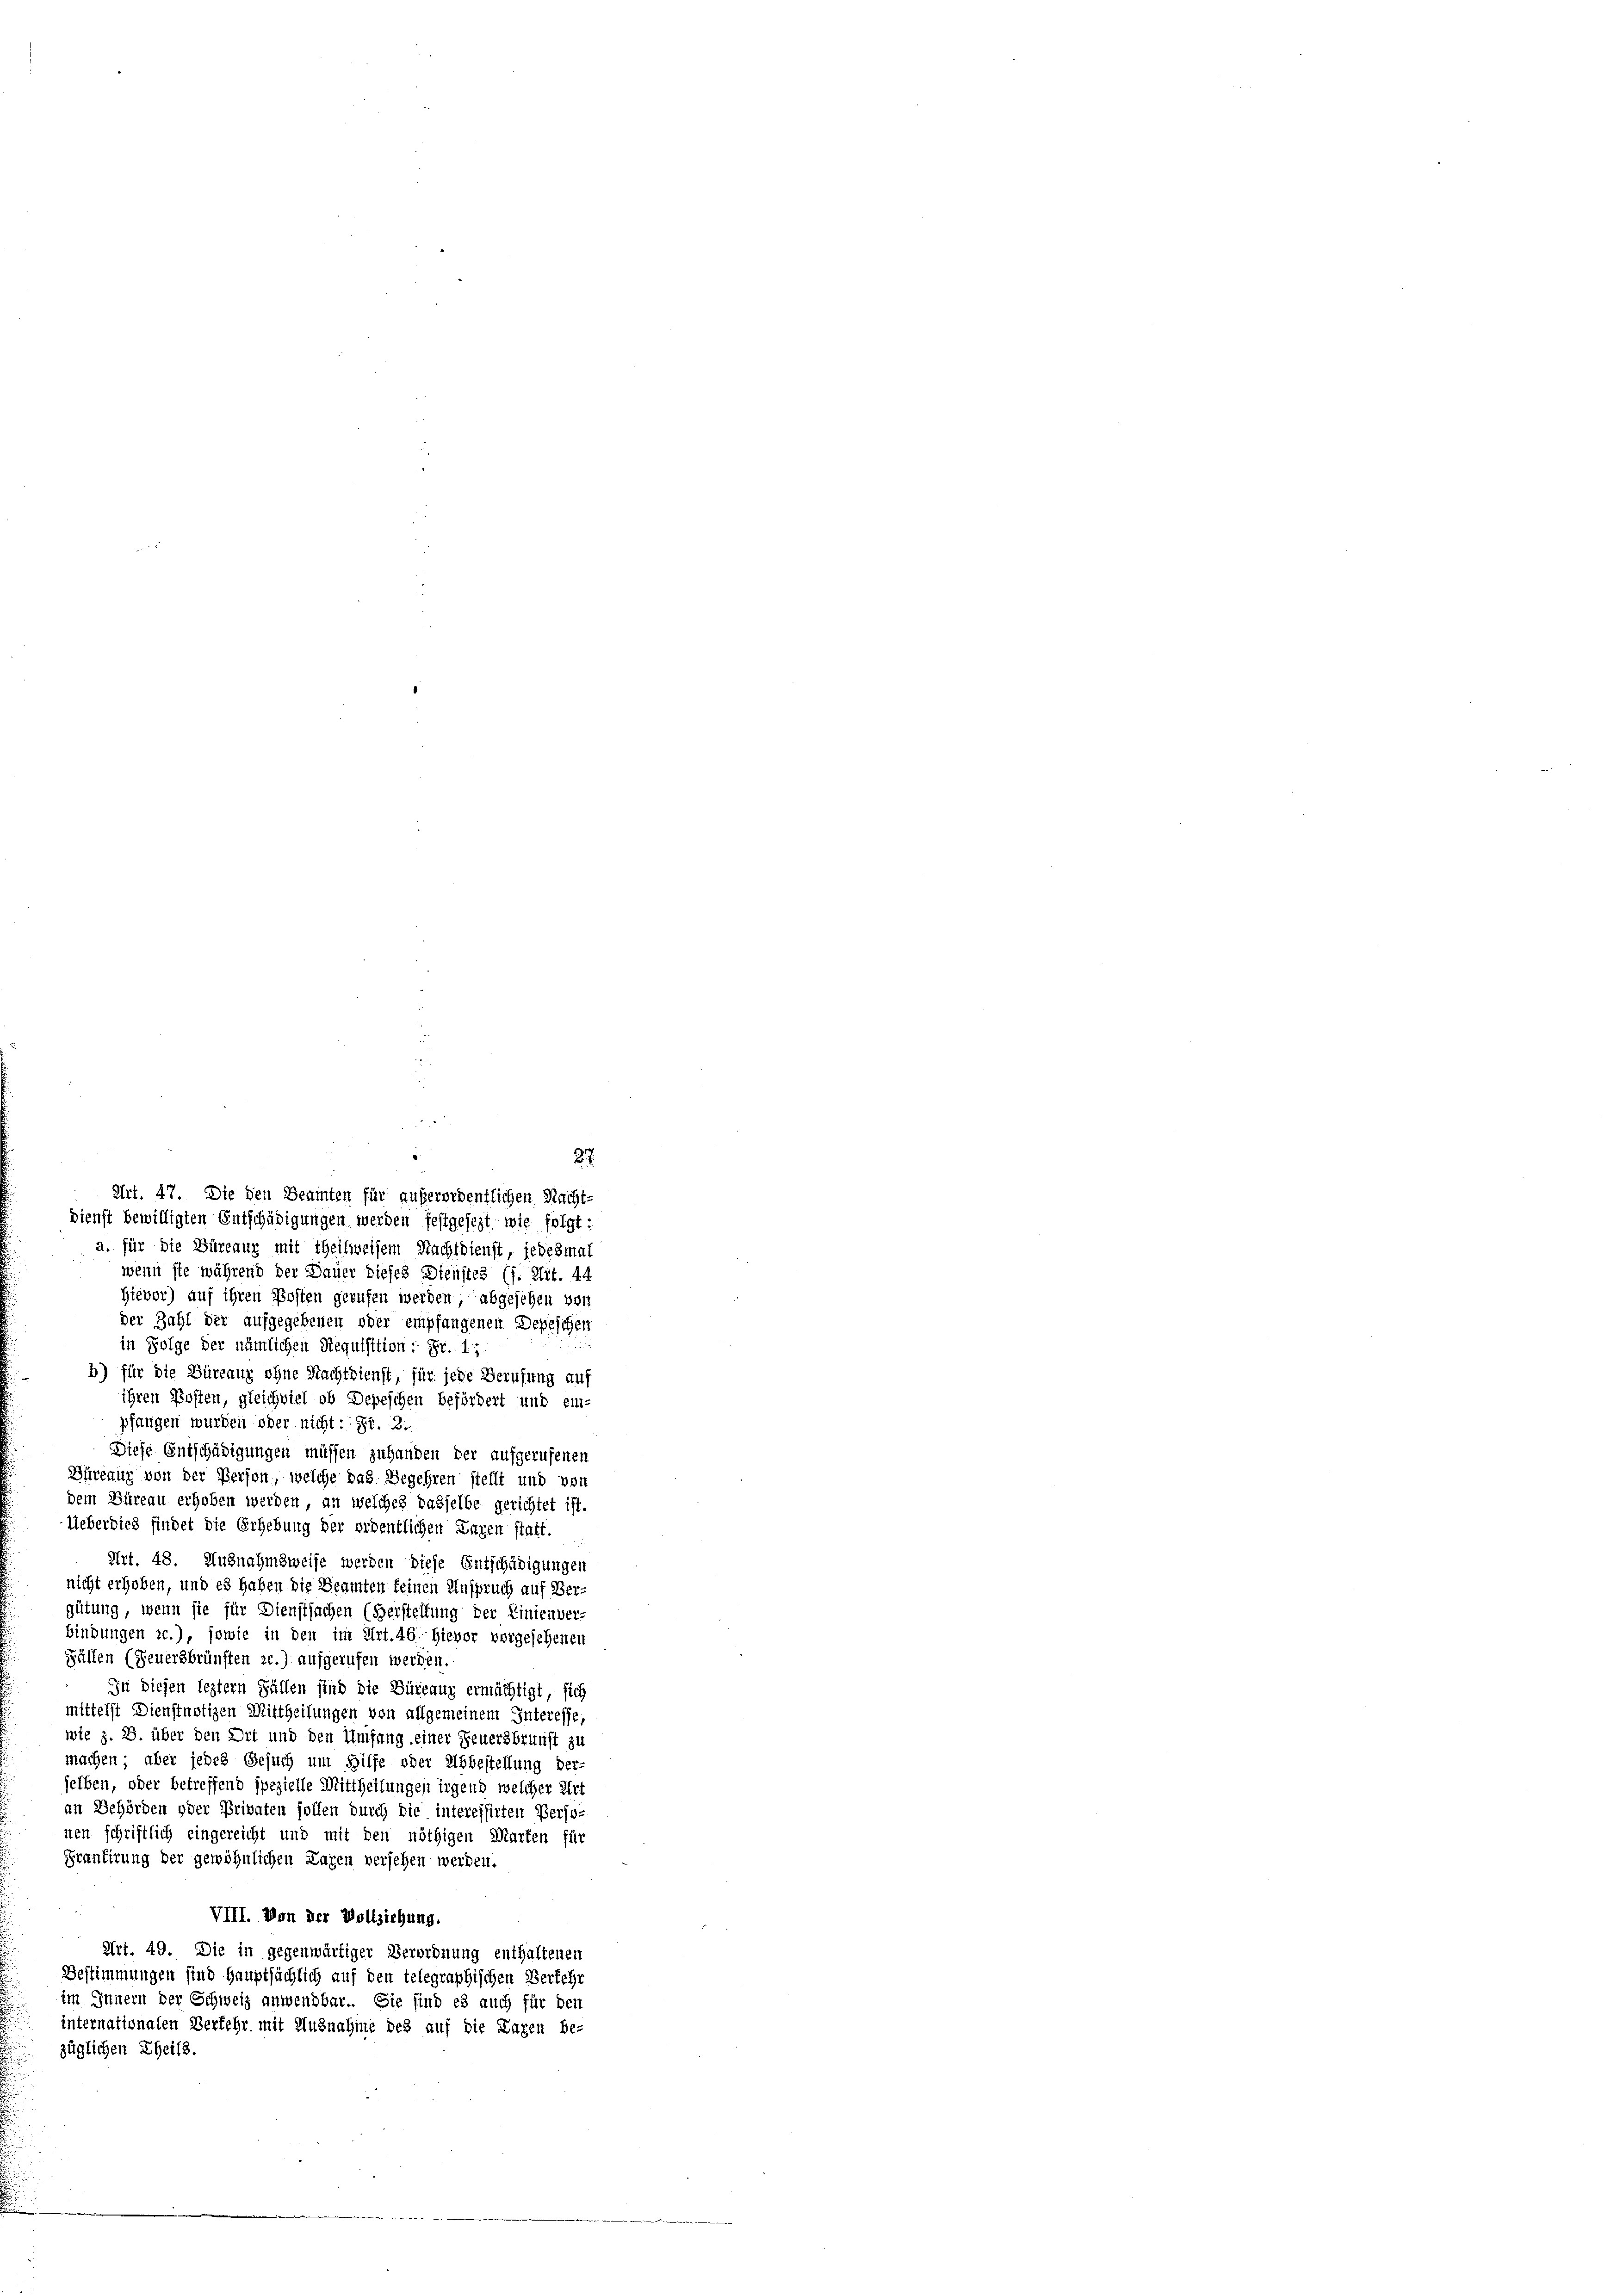
27.
Dienst bewilligten Entschädigungen werden festgesezt wie folgt:
a. für die Büreaux mit theilweisem Nachtdienst, jedesmal
wenn sie während der Dauer dieses Dienstes (s. Art. 44
Hievor) auf ihren Posten gerufen werden, abgesehen von
der Zahl der aufgegebenen oder empfangenen Depeschen
in Folge der nämlichen Requisition: Fr. 1;
b) für die Büreauz ohne Nachtdienst, für jede Berufung auf
ihren Posten, gleichviel ob Depeschen befördert und ein-
pfangen wurden oder nicht: Fr. 2.
Diese Entschädigungen müssen zuhanden der aufgerufenen
Büreaux von der Person, welche das Begehren stellt und von
dem Büreau erhoben werden, an welches dasselbe gerichtet ist.
Ueberdies findet die Erhebung der ordentlichen Lazen statt.
Art. 48. Ausnahmsweise werden diese Entschädigungen
nicht erhoben, und es haben die Beamten keinen Anspruch auf Vergütung, wenn sie für Dienstsachen (Verstellung der Linienver-
bindungen zc.), sowie in den im Art. 46. Hievor vorgesehenen
Fällen (Feuersbrünsten c.) aufgerufen werden.
In diesen leztern Fällen sind die Büreaux ermächtigt, sich
mittelst Dienstnotizen Mittheilungen von allgemeinem Interesse,
wie z. B. über den Ort und den Umfang einer Feuersbrunst zu
machen, aber jedes Gesuch um Hilfe oder Abbestellung ver-
selben, oder betreffend spezielle Mittheilungen irgend welcher Art
an Behörden oder Privaten sollen durch die interessirten Perso-
nen schriftlich eingereicht und mit den nöthigen Marten für
Prantirung der gewöhnlichen Lagen versehen werden.
VIII. Von der Vollziehung.
Art. 49. Die in gegenwärtiger Verordnung enthaltenen
Bestimmungen sind Hauptsächlich auf den telegraphischen Verfehr
im Innern der Schweiz anwendbar. Sie sind es auch für den
internationalen Verkehr mit Ausnahme des auf die Lazen be-
züglichen Theils.

Art. 47. Die den Beamten für außerordentlichen Nacht-